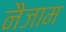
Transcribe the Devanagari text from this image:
नैजाम